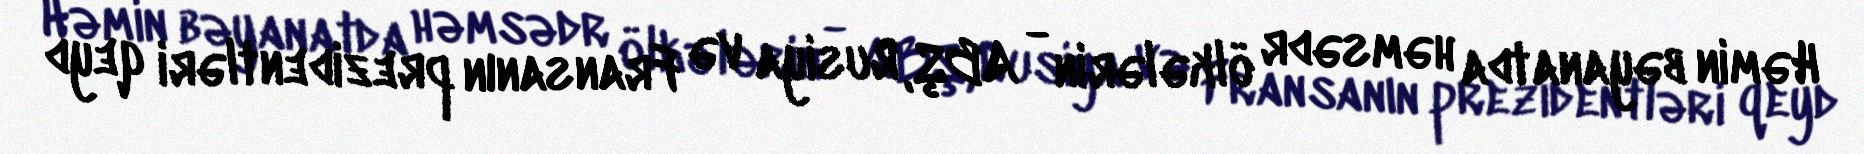
Həmin bəyanatda həmsədr ölkələrin - ABŞ, Rusiya və Fransanın prezidentləri qeyd